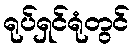
ရုပ်ရှင်ရုံတွင်